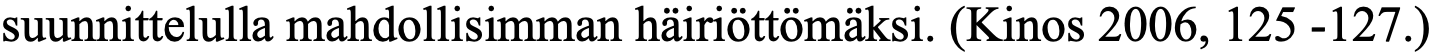
suunnittelulla mahdollisimman häiriöttömäksi. (Kinos 2006, 125 -127.)